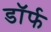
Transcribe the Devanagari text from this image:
डॉर्फ